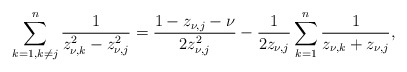
\begin{align*}\sum_{{k=1,k\neq j}}^n\dfrac{1}{z_{\nu,k}^2-z_{\nu,j}^2}=\dfrac{1-z_{\nu,j}-\nu}{2z_{\nu,j}^2}-\frac{1}{2z_{\nu,j}}\sum_{k=1}^n\dfrac{1}{z_{\nu,k}+z_{\nu,j}},\end{align*}